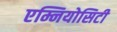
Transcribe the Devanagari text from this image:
एम्नियोसिटी